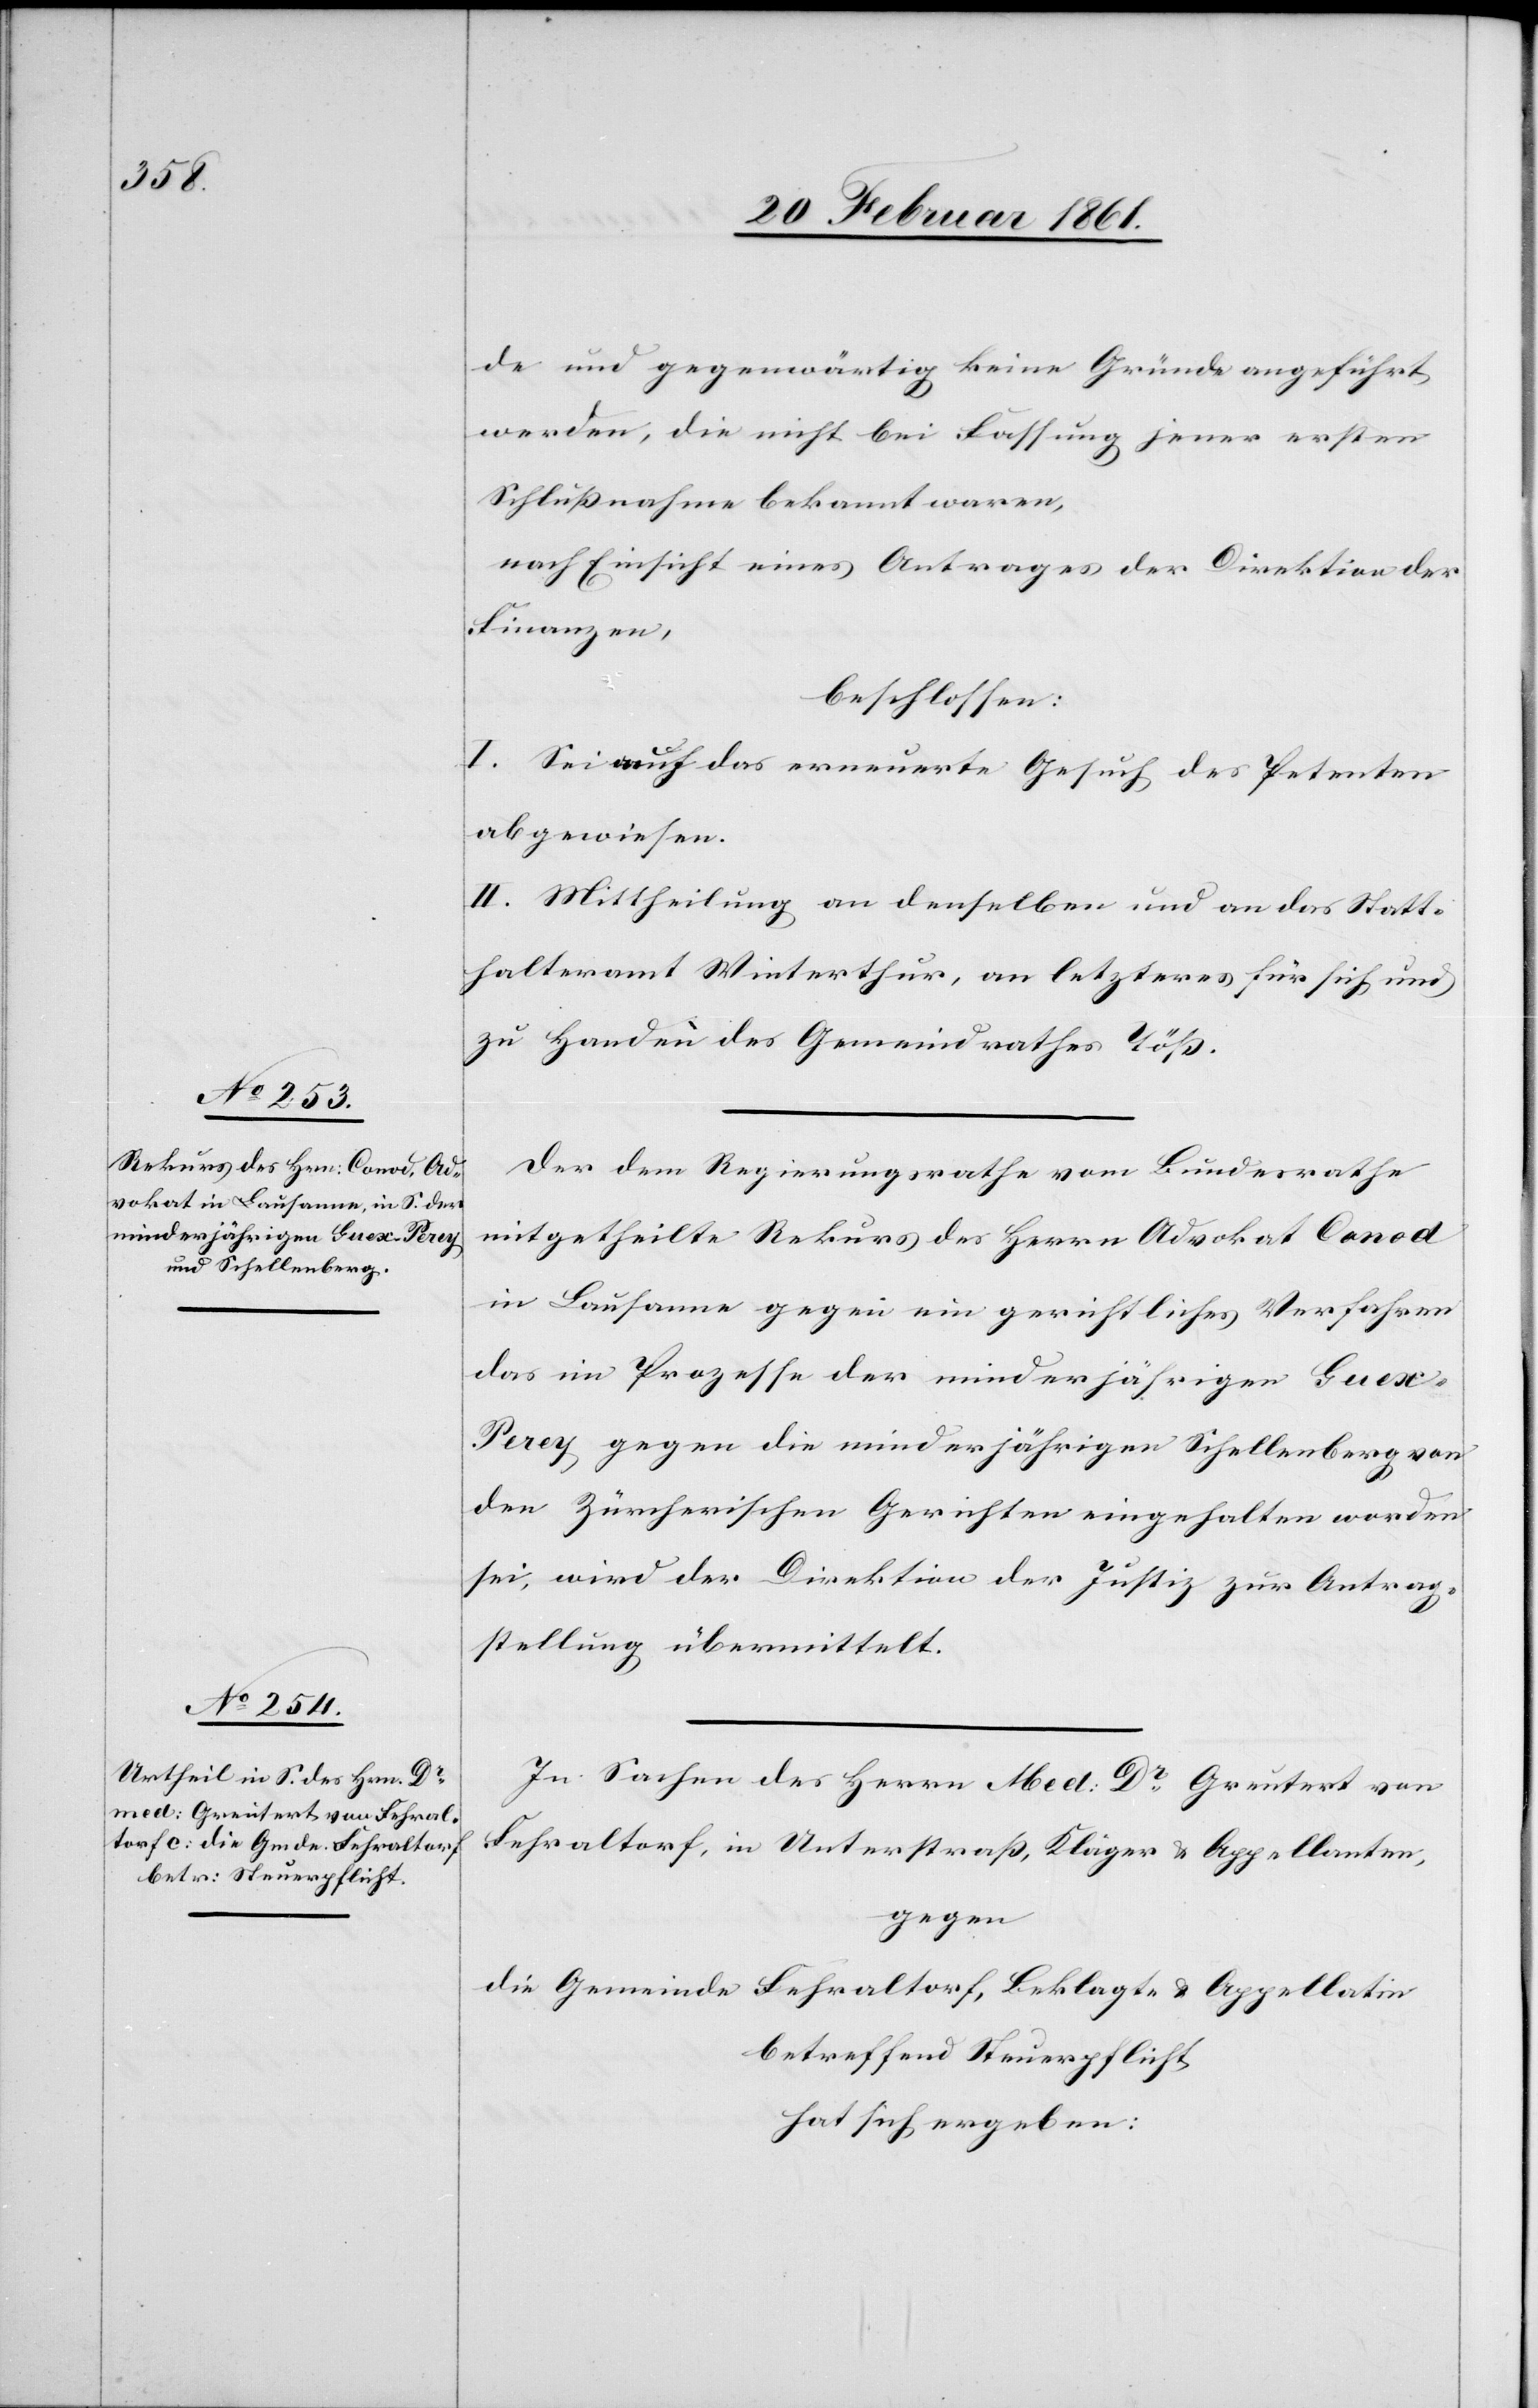
de und gegenwärtig keine Gründe angeführt
werden, die nicht bei Fassung jener ersten
Schlussnahme bekannt waren,
nach Einsicht eines Antrages der Direktion der
Finanzen,
beschlossen:
I. Sei auch das erneuerte Gesuch des Petenten
abgewiesen.
II. Mittheilung an denselben und an das Statt¬
halteramt Winterthur, an letzteres für sich und
zu Handen des Gemeindrathes Töss.
Der dem Regierungsrathe vom Bundesrathe
mitgetheilte Rekurs des Herrn Advokat Conod
in Lausanne gegen ein gerichtliches Verfahren
das im Prozesse der minderjährigen Guex-P¬
erey, gegen die minderjährigen Schellenberg von
den Zürcherischen Gerichten eingehalten worden
sei, wird der Direktion der Justiz zur Antrag¬
stellung übermittelt.
In Sachen des Herrn Med. Dr. Greutert von
Fehraltorf, in Unterstrass, Kläger u. Appellanten,
gegen
die Gemeinde Fehraltorf, Beklagte u. Appellatin
betreffend Steuerpflicht
hat sich ergeben: